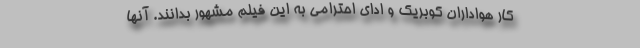
کار هواداران کوبریک و ادای احترامی به این فیلم مشهور بدانند. آنها